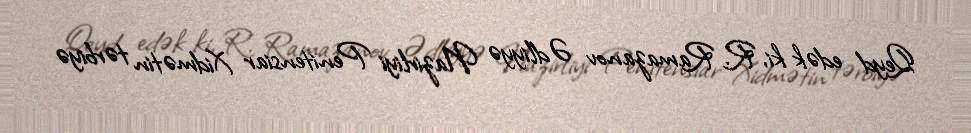
Qeyd edək ki, R. Ramazanov Ədliyyə Nazirliyi Penitensiar Xidmətin tərbiyə